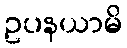
ဥပနယာမိ